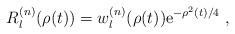
LaTeX: \begin{align*}R_l^{(n)}(\rho(t))=w_l^{(n)}(\rho(t))\mathrm{e}^{-\rho^2(t)/4}\;,\end{align*}